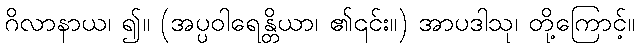
ဂိလာနာယ၊ ၍။ (အပ္ပဝါရေန္တိယာ၊ ၏၎င်း။) အာပဒါသု၊ တို့ကြောင့်။